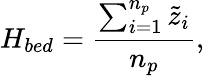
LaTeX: H_{bed}=\frac{\sum_{i=1}^{n_{p}}\widetilde{z}_{i}}{n_{p}},